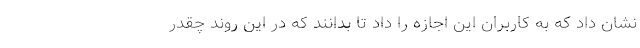
نشان داد که به کاربران این اجازه را داد تا بدانند که در این روند چقدر